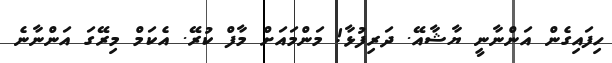
ހިފައިގެން އަންނާނީ ޔާޝާއޭ. ދަރިފުޅާ! މަންމައަށް މާފް ކުރޭ. އެކަމް މިރޭގަ އަންނާނެ